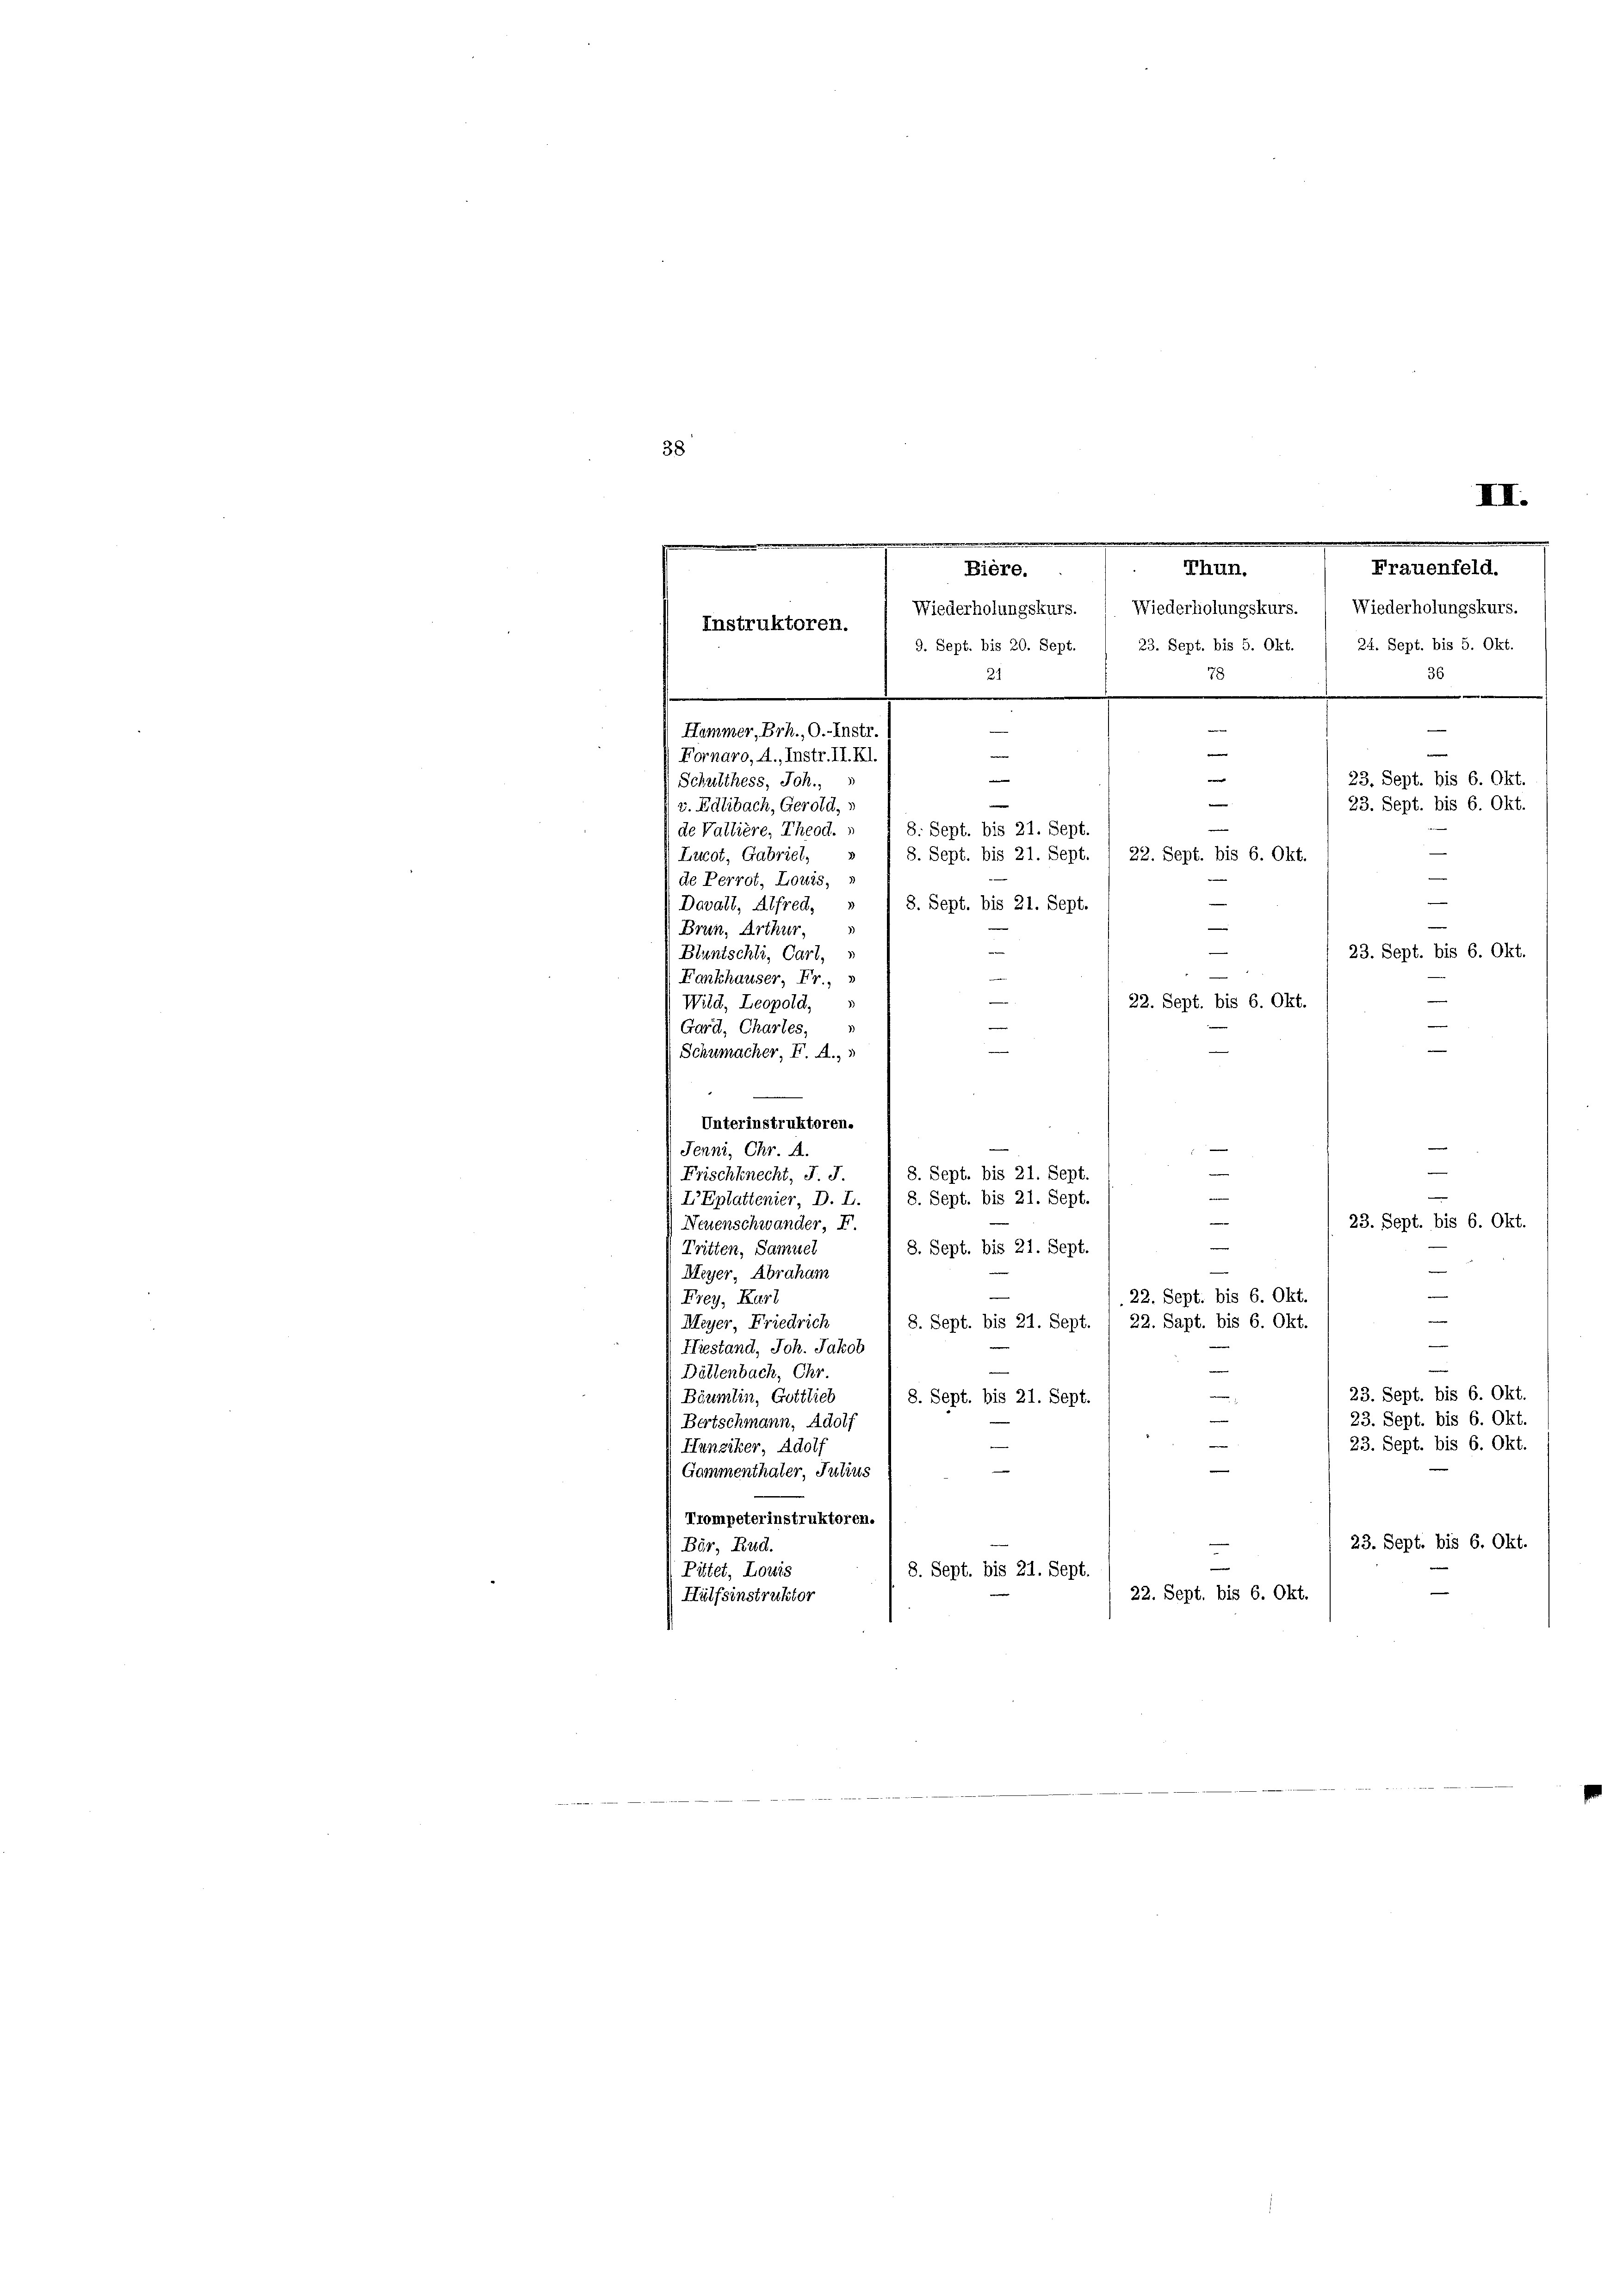
38
III.

v. Edlibach, Gerold,
8. Sept. bis 21. Sept.
de Vallière, Theod.
Lucot, Gabriet,
 / 8. Sept. bis 21. Sept. 1 22. Sept. bis 6. Okt.
de Perrot, Louis, s
8. Sept. bis 21. Sept.
Dovalt, Alfred, »
e
3)
Brein, Arthur,
e
Bluntschli, Cart,
Fankhauser, Fr.,
d
.
Wild, Leopold,
d
Gard, Chartes,

—
—
Schumacher, F. A.,
Unterinstruktoren.
Jenni, Chr. A.
n
8. Sept. bis 21. Sept
Frischknecht, J. J.
e
8. Sept. bis 21. Sept
LEplattenier, D. L
23. Sept. bis 6. Okt.
Neuenschwander, F.
8. Sept. bis 21. Sept
Tritten, Samuel
Meyer, Abraham
22. Sept. bis 6. Okt.
Frey, Karl
e
8. Sept. bis 21. Sept. 1 22. Sapt. bis 6. Okt.
Meyer, Friedrich
e
Hiestand, Joh. Jakob
e
Dättenbach, Chr.
23. Sept. bis 6. Okt.
Bäumlin, Gottlich
8. Sept. bis 21. Sept.
e
23. Sept. bis 6. Okt.
Bertschmann, Adolf
23. Sept. bis 6. Okt.
Hunziker, Adolf
Gommenthater, Julius
Trompeterinstruktoren.
23. Sept. bis 6. Okt.
Bör, Rud.
Püttet, Louis
8. Sept. bis 21. Sept.
22. Sept. bis 6. Okt.
Hülfsinstruktor

.
Bière.
Wiederholungskurs. Wiederholungskurs. ( Wiederholungskurs.
Instruktoren.
e
9. Sept. bis 20. Sept. 1 23. Sept. bis 5. Okt. 1 24. Sept. bis 5. Okt.
78
21
¬
.
—
—
Hammer, Brh., O.-Instr.

Fornaro, A., Instr. II. Kl.

Schulthess, Joh.,

e
e

rrhun.

36
e
—
e
23. Sept. bis 6. Okt.
23. Sept. bis 6. Okt.
22.
e

—
—
23. Sept. bis 6. Okt.
—
22. Sept. bis 6. Okt.
e

Frauenfeld.